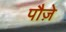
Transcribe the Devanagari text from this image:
पौज़े